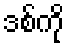
ဒစ်ကို